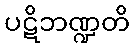
ပဋိဘဏ္ဍတိ